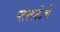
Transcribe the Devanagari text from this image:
क्लायंटचे